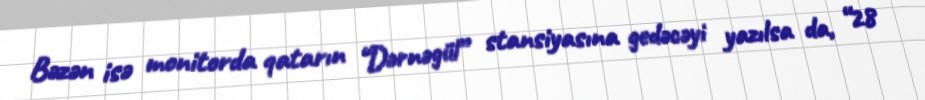
Bəzən isə monitorda qatarın “Dərnəgül” stansiyasına gedəcəyi yazılsa da, “28